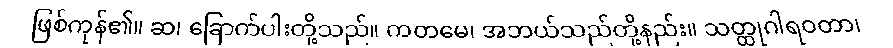
ဖြစ်ကုန်၏။ ဆ၊ ခြောက်ပါးတို့သည်။ ကတမေ၊ အဘယ်သည်တို့နည်း။ သတ္ထုဂါရဝတာ၊